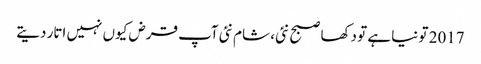
2017 تو نیا ہے تو دکھا صبح نئی، شام نئی	 آپ قرض کیوں نہیں اتار دیتے